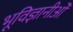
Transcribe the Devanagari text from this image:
भूविज्ञानीओँ